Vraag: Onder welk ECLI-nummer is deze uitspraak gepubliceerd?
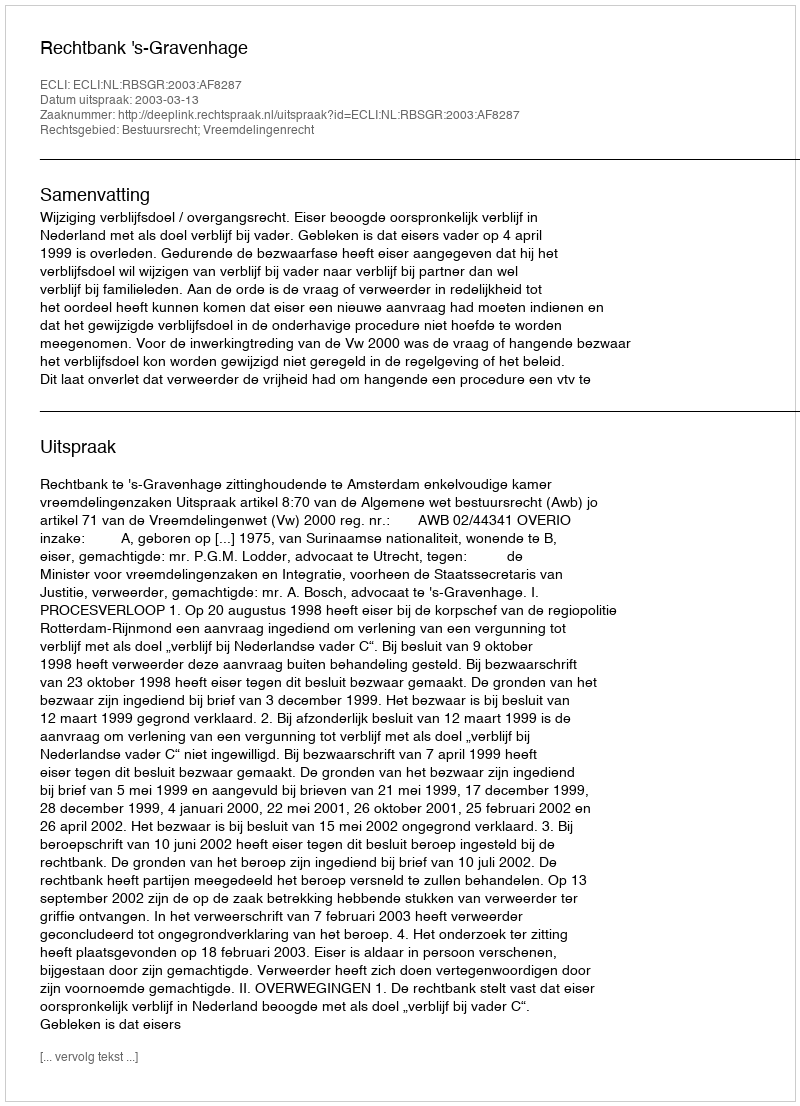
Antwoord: ECLI:NL:RBSGR:2003:AF8287